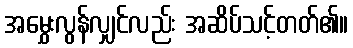
အမွှေးလွန်လျှင်လည်း အဆိပ်သင့်တတ်၏။